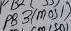
Text: PB3